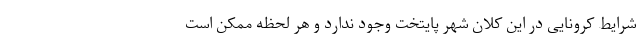
شرایط کرونایی در این کلان شهر پایتخت وجود ندارد و هر لحظه ممکن است